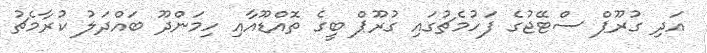
އަދި ގުރޫޕް ސްޓޭޖުގެ ފަހުމެޗުގައި ގުރޫޕް ބީގެ ތޮއްޑޫއާއި ހިމަންދޫ ބައްދަލު ކުރާމެޗު